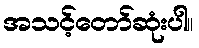
အသင့်တော်ဆုံးပါ။